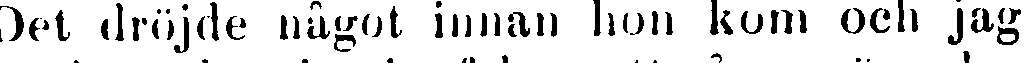
Det dröjde något innan hon kom och jag